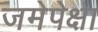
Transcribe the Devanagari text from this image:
जमेपेक्षा